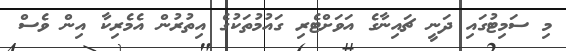
މި ސަމިޓުގައި ދަނީ ޗައިނާގެ އަވަށްޓެރި ގައުމުތަކުގެ އިތުރުން އެެމެރިކާ އިން ވެސް